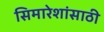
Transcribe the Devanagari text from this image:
सिमारेशांसाठी